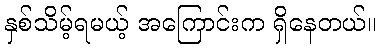
နှစ်သိမ့်ရမယ့် အကြောင်းက ရှိနေတယ်။